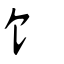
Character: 饣